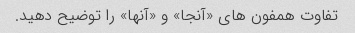
تفاوت همفون های «آنجا» و «آنها» را توضیح دهید.